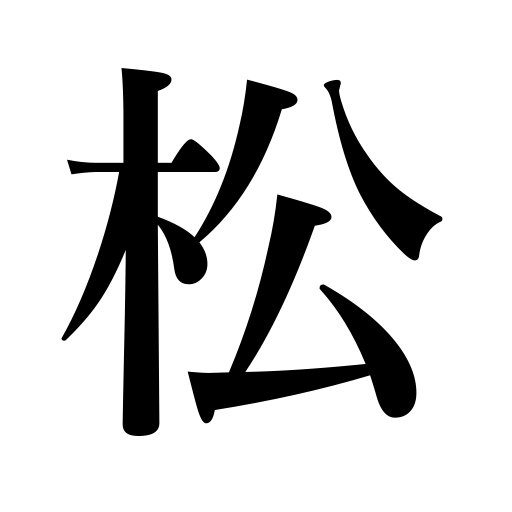
Meanings: pine